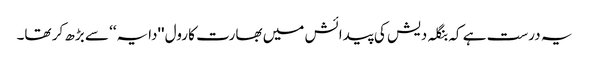
یہ درست ہے کہ بنگلہ دیش کی پیدائش میں بھارت کا رول ''دایہ‘‘ سے بڑھ کر تھا۔